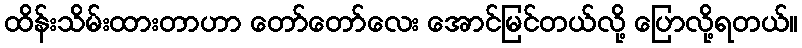
ထိန်းသိမ်းထားတာဟာ တော်တော်လေး အောင်မြင်တယ်လို့ ပြောလို့ရတယ်။